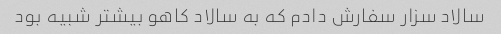
سالاد سزار سفارش دادم که به سالاد کاهو بیشتر شبیه بود